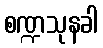
စဏ္ဍသုနခါ